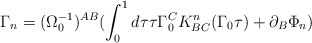
\begin{align*}\Gamma_{n}=(\Omega_{0}^{-1})^{AB}(\int_{0}^{1}d\tau\tau\Gamma_{0}^{C}K^{n}_{BC}(\Gamma_{0}\tau)+\partial_{B}\Phi_{n})\end{align*}